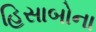
હિસાબોના